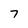
Character: 7